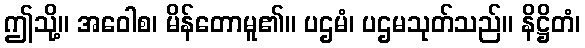
ဤသို့။ အဝေါစ၊ မိန်တောမူ၏။ ပဌမံ၊ ပဌမသုတ်သည်။ နိဋ္ဌိတံ၊